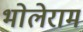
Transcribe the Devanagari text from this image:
भोलेराम